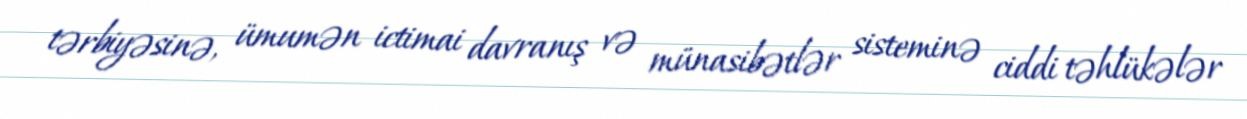
tərbiyəsinə, ümumən ictimai davranış və münasibətlər sisteminə ciddi təhlükələr